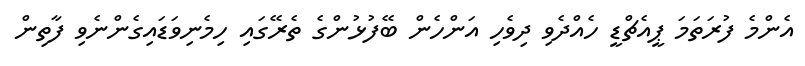
އެންމެ ފުރަތަމަ ޕީއެޗްޑީ ހެއްދެވި ދިވެހި އަންހެން ބޭފުޅުންގެ ތެރޭގައި ހިމެނިވަޑައިގެންނެވި ފާތިން